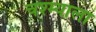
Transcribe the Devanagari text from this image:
चश्म्याला